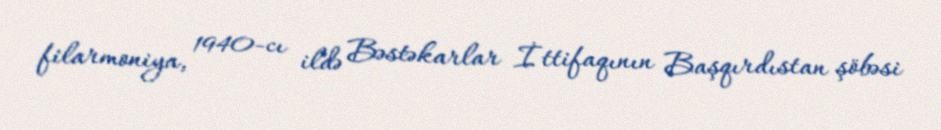
filarmoniya, 1940-cı ildə Bəstəkarlar İttifaqının Başqırdıstan şöbəsi